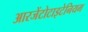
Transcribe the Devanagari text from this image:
आरजेंटोटाइटेनियम